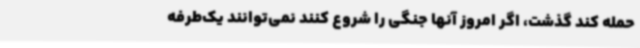
حمله کند گذشت، اگر امروز آنها جنگی را شروع کنند نمی‌توانند یک‌طرفه